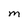
Character: M